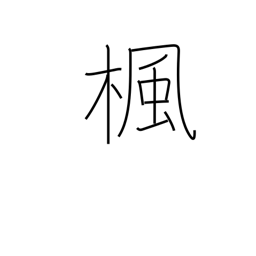
Meaning: maple